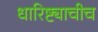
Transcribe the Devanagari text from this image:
धारिष्ट्याचीच